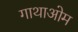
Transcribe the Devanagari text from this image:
गाथाओम